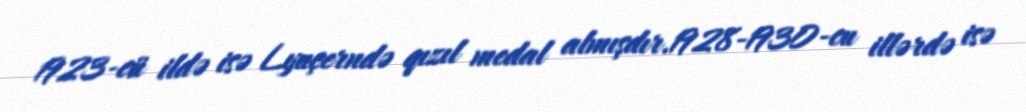
1923-cü ildə isə Lyuçerndə qızıl medal almışdır.1928-1930-cu illərdə isə